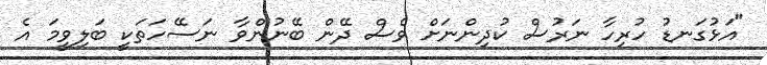
"އަޅުގަނޑު ހުރިހާ ނަރުސް ކުދިންނަށް ވެސް ދޭން ބޭނުންވާ ނަސޭހަތަކީ ބަލިވީމަ އެ